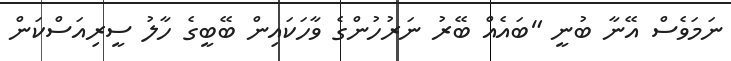
ނަމަވެސް އޭނާ ބުނީ "ބައެއް ބޭރު ނަރުހުންގެ ވާހަކައިން ބޭބީގެ ހާލު ސީރިއަސްކަން